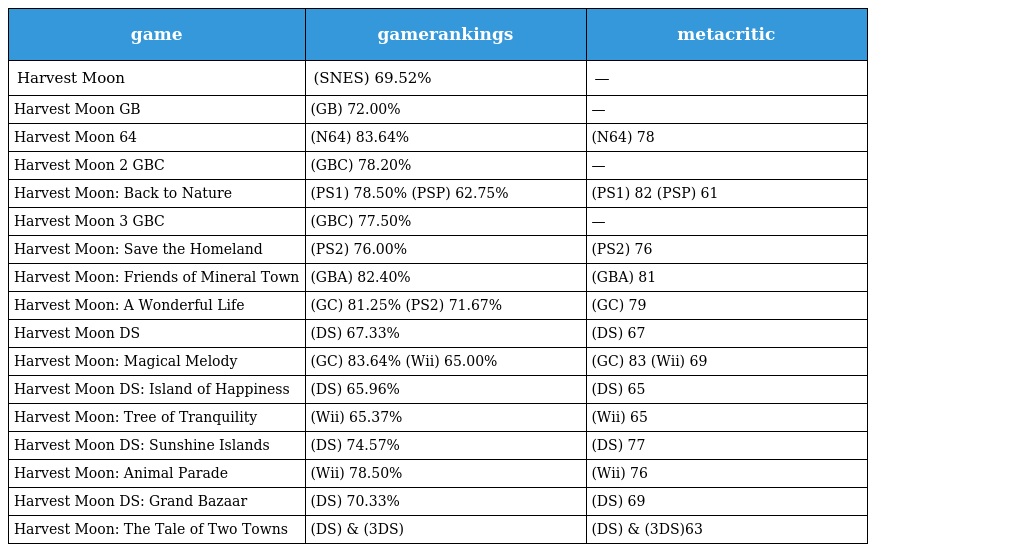
| game | gamerankings | metacritic |
 | --- | --- | --- |
 | Harvest Moon | (SNES) 69.52% | — |
 | Harvest Moon GB | (GB) 72.00% | — |
 | Harvest Moon 64 | (N64) 83.64% | (N64) 78 |
 | Harvest Moon 2 GBC | (GBC) 78.20% | — |
 | Harvest Moon: Back to Nature | (PS1) 78.50% (PSP) 62.75% | (PS1) 82 (PSP) 61 |
 | Harvest Moon 3 GBC | (GBC) 77.50% | — |
 | Harvest Moon: Save the Homeland | (PS2) 76.00% | (PS2) 76 |
 | Harvest Moon: Friends of Mineral Town | (GBA) 82.40% | (GBA) 81 |
 | Harvest Moon: A Wonderful Life | (GC) 81.25% (PS2) 71.67% | (GC) 79 |
 | Harvest Moon DS | (DS) 67.33% | (DS) 67 |
 | Harvest Moon: Magical Melody | (GC) 83.64% (Wii) 65.00% | (GC) 83 (Wii) 69 |
 | Harvest Moon DS: Island of Happiness | (DS) 65.96% | (DS) 65 |
 | Harvest Moon: Tree of Tranquility | (Wii) 65.37% | (Wii) 65 |
 | Harvest Moon DS: Sunshine Islands | (DS) 74.57% | (DS) 77 |
 | Harvest Moon: Animal Parade | (Wii) 78.50% | (Wii) 76 |
 | Harvest Moon DS: Grand Bazaar | (DS) 70.33% | (DS) 69 |
 | Harvest Moon: The Tale of Two Towns | (DS) & (3DS) | (DS) & (3DS)63 |